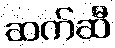
ဆက်ဆီ